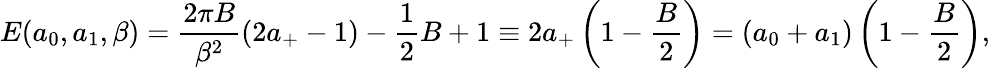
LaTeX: E(a_{0},a_{1},\beta)=\frac{2\pi B}{\beta^{2}}(2a_{+}-1)-\frac{1}{2}B+1\equiv 2a_{+}\left(1-\frac{B}{2}\right)=(a_{0}+a_{1})\left(1-\frac{B}{2}\right),